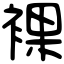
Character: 裸